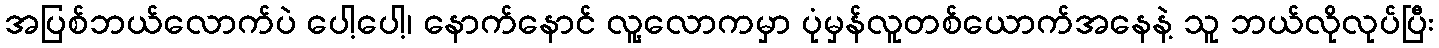
အပြစ်ဘယ်လောက်ပဲ ပေါ့ပေါ့၊ နောက်နောင် လူ့လောကမှာ ပုံမှန်လူတစ်ယောက်အနေနဲ့ သူ ဘယ်လိုလုပ်ပြီး